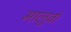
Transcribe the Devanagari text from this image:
मालुवां